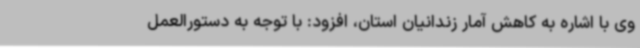
وی با اشاره به کاهش آمار زندانیان استان، افزود: با توجه به دستورالعمل